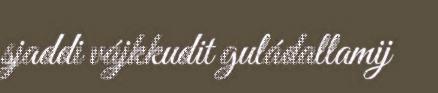
sjaddi vájkkudit guládallamij